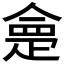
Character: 𭼂